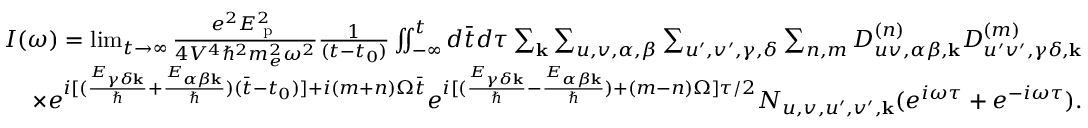
\begin{array} { r } { I ( \omega ) = \operatorname* { l i m } _ { t \rightarrow \infty } \frac { e ^ { 2 } E _ { \textrm { p } } ^ { 2 } } { 4 V ^ { 4 } \hbar ^ { 2 } m _ { e } ^ { 2 } \omega ^ { 2 } } \frac { 1 } { ( t - t _ { 0 } ) } \iint _ { - \infty } ^ { t } d \bar { t } d \tau \sum _ { \mathbf { k } } \sum _ { u , v , \alpha , \beta } \sum _ { u ^ { \prime } , v ^ { \prime } , \gamma , \delta } \sum _ { n , m } D _ { u v , \alpha \beta , \mathbf { k } } ^ { ( n ) } D _ { u ^ { \prime } v ^ { \prime } , \gamma \delta , \mathbf { k } } ^ { ( m ) } } \\ { \times e ^ { i [ ( \frac { E _ { \gamma \delta \mathbf { k } } } { \hbar } + \frac { E _ { \alpha \beta \mathbf { k } } } { \hbar } ) ( \bar { t } - t _ { 0 } ) ] + i ( m + n ) \Omega \bar { t } } e ^ { i [ ( \frac { E _ { \gamma \delta \mathbf { k } } } { \hbar } - \frac { E _ { \alpha \beta \mathbf { k } } } { \hbar } ) + ( m - n ) \Omega ] \tau / 2 } N _ { u , v , u ^ { \prime } , v ^ { \prime } , \mathbf { k } } ( e ^ { i \omega \tau } + e ^ { - i \omega \tau } ) . } \end{array}